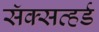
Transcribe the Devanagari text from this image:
सॅक्सव्हर्ड